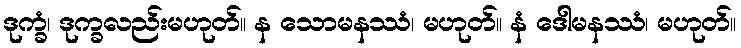
ဒုက္ခံ၊ ဒုက္ခလည်းမဟုတ်။ န သောမနဿံ၊ မဟုတ်။ နံ ဒေါမနဿံ၊ မဟုတ်။